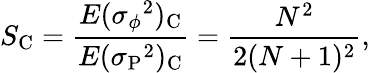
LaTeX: S_{\mathrm C}={\frac{E(\sigma{_\phi}^{2})_{\mathrm C}}{E(\sigma{_{\mathrm P}}^{2})_{\mathrm C}}}={\frac{N^{2}}{2(N+1)^{2}}},